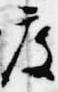
度